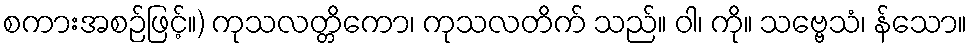
စကားအစဉ်ဖြင့်။) ကုသလတ္တိကော၊ ကုသလတိက် သည်။ ဝါ၊ ကို။ သဗ္ဗေသံ၊ န်သော။